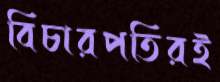
বিচারপতিরই